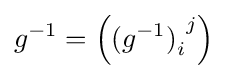
g^{-1}=\left({(g^{-1})}_{i}^{\ j}\right)